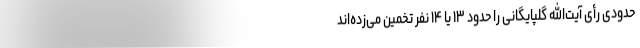
حدودی رأی آیت‌الله گلپایگانی را حدود ۱۳ یا ۱۴ نفر تخمین می‌زده‌اند